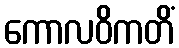
ကောလဝိကတိံ